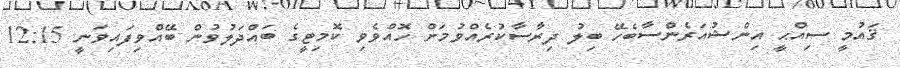
ޤައުމީ ސިއްޙީ އިންޝުއަރެންސާބެހޭ ބިލު ދިރާސާކުރެއްވުމަށް ހޮއްވެވި ކޮމިޓީގެ ބައްދަލުވުން ބޭއްވިފައިވަނީ 12:15